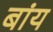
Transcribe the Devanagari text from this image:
बांय